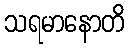
သရမာနောတိ